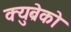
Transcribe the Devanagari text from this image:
क्युब्रेको